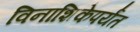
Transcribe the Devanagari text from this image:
विनाशिकेपर्यंत